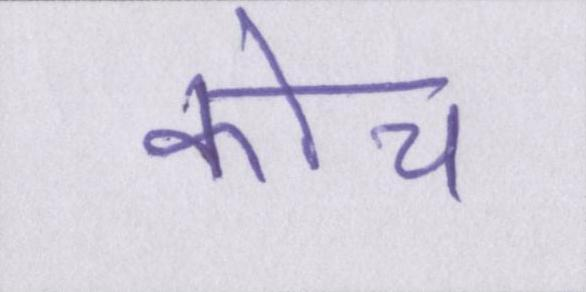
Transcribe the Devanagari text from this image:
कोच